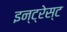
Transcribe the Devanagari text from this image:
इन्ट्रेस्ट